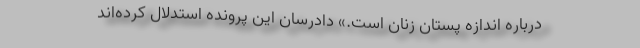
درباره اندازه پستان زنان است.» دادرسان این پرونده استدلال کرده‌اند